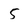
Character: 5